Proceedings of the meeting of veterinary officers in India
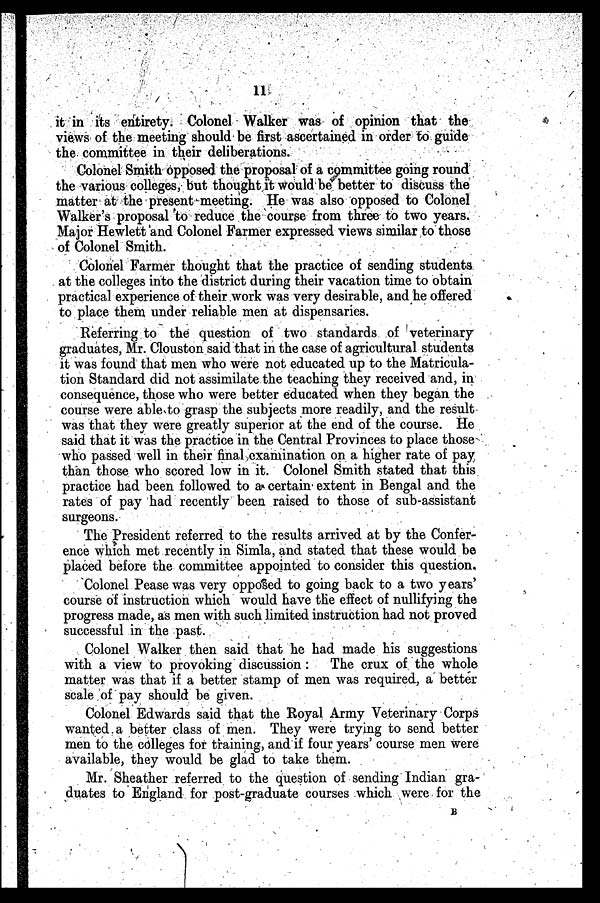
11
it in its entirety. Colonel Walker was of opinion that the
views of the meeting should be first ascertained in order to guide
the committee in their deliberations.
Colonel Smith opposed the proposal of a committee going round
the various colleges, but thought it would be better to discuss the
matter at the present meeting. He was also opposed to Colonel
Walker's proposal to reduce the course from three to two years.
Major Hewlett and Colonel Farmer expressed views similar to those
of Colonel Smith.
Colonel Farmer thought that the practice of sending students
at the colleges into the district during their vacation time to obtain
practical experience of their work was very desirable, and he offered
to place them under reliable men at dispensaries.
Referring to the question of two standards of veterinary
graduates, Mr. Clouston said that in the case of agricultural students
it was found that men who were not educated up to the Matricula-
tion Standard did not assimilate the teaching they received and, in
consequence, those who were better educated when they began the
course were able to grasp the subjects more readily, and the result
was that they were greatly superior at the end of the course. He
said that it was the practice in the Central Provinces to place those
who passed well in their final examination on a higher rate of pay
than those who scored low in it. Colonel Smith stated that this
practice had been followed to a certain extent in Bengal and the
rates of pay had recently been raised to those of sub-assistant
surgeons.
The President referred to the results arrived at by the Confer-
ence which met recently in Simla, and stated that these would be
placed before the committee appointed to consider this question.
Colonel Pease was very opposed to going back to a two years'
course of instruction which would have the effect of nullifying the
progress made, as men with such limited instruction had not proved
successful in the past.
Colonel Walker then said that he had made his suggestions
with a view to provoking discussion: The crux of the whole
matter was that if a better stamp of men was required, a better
scale of pay should be given.
Colonel Edwards said that the Royal Army Veterinary Corps
wanted a better class of men. They were trying to send better
men to the colleges for training, and if four years' course men were
available, they would be glad to take them.
Mr. Sheather referred to the question of sending Indian gra-
duates to England for post-graduate courses which were for the
B